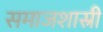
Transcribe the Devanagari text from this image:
समाजशास्री